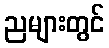
ညများတွင်